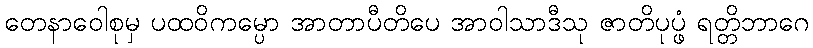
တေနာဝေါစုမှ ပထဝိကမ္ပော အာတာပီတိပေ အာဝါသာဒီသု ဇာတိပုပ္ဖံ ရတ္တိဘာဂေ